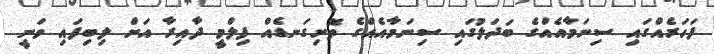
ފަހަރެއްގައި ސިނަމާއެއްގެ ބަދަލުގައި ސިނަމާއެއްގެ ތޮށިގަނޑެއް ފިލްމީ ދާއިރާ އަށް ލިބިފައި ވަނީ